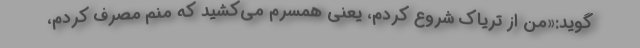
‌گوید:«من از تریاک شروع کردم، یعنی همسرم می‌کشید که منم مصرف کردم،